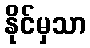
နိုင်မှသာ